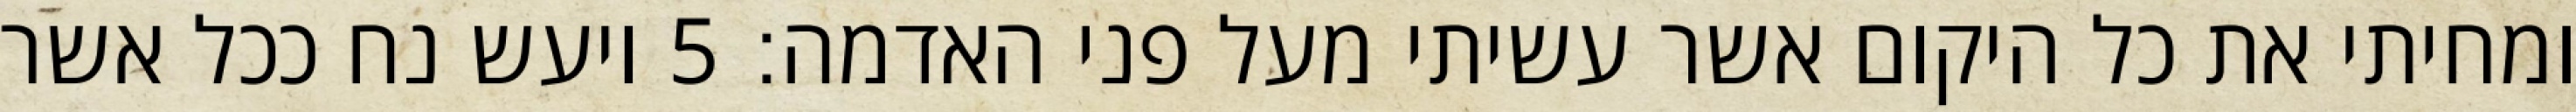
ומחיתי את כל היקום אשר עשיתי מעל פני האדמה׃ ‎5‏ ויעש נח ככל אשר